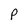
Character: p